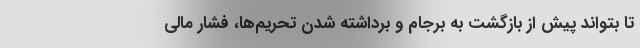
تا بتواند پیش از بازگشت به برجام و برداشته شدن تحریم‌ها، فشار مالی